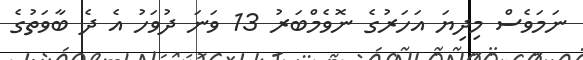
ނަމަވެސް މިދިޔަ އަހަރުގެ ނޮވެމްބަރު 13 ވަނަ ދުވަހު އެ ދެ ބާވަތުގެ